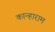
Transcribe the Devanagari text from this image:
कान्हाराम